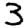
Digit: 3